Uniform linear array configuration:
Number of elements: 64
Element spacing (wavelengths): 0.5
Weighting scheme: exponential
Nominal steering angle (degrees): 0
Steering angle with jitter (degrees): -1.215
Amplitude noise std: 0.05
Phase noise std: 0.05

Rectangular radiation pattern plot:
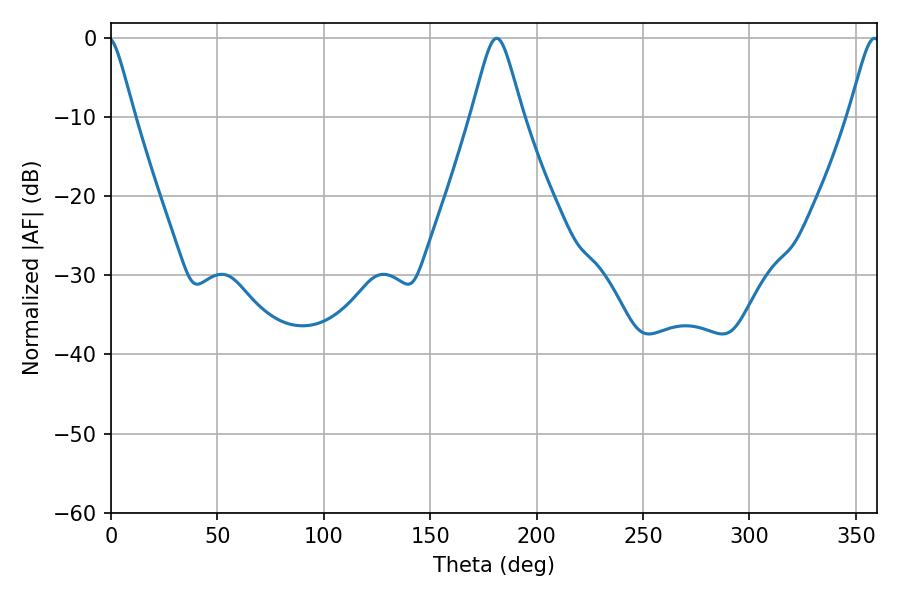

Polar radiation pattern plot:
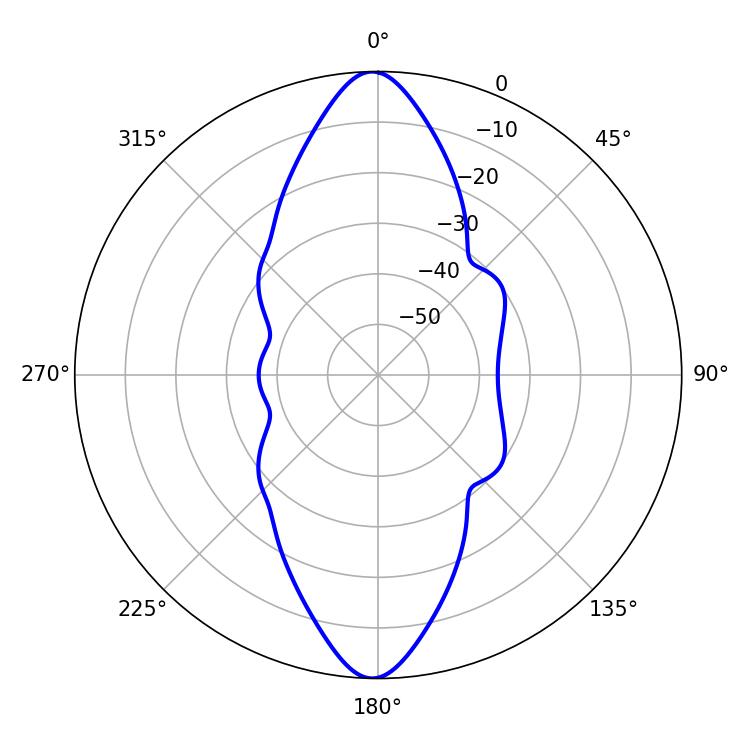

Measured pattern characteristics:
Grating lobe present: FALSE
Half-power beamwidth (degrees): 11.52
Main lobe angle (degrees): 181.26